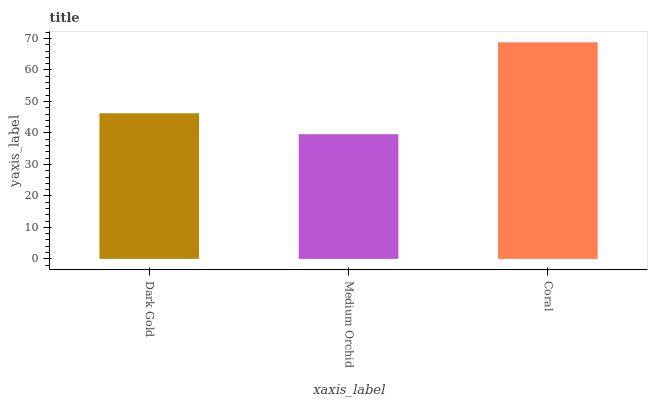
| xaxis_label | bars |
 | --- | --- |
 | Dark Gold | 46.2 |
 | Medium Orchid | 39.6 |
 | Coral | 68.8 |